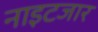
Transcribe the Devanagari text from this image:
नाइटजार